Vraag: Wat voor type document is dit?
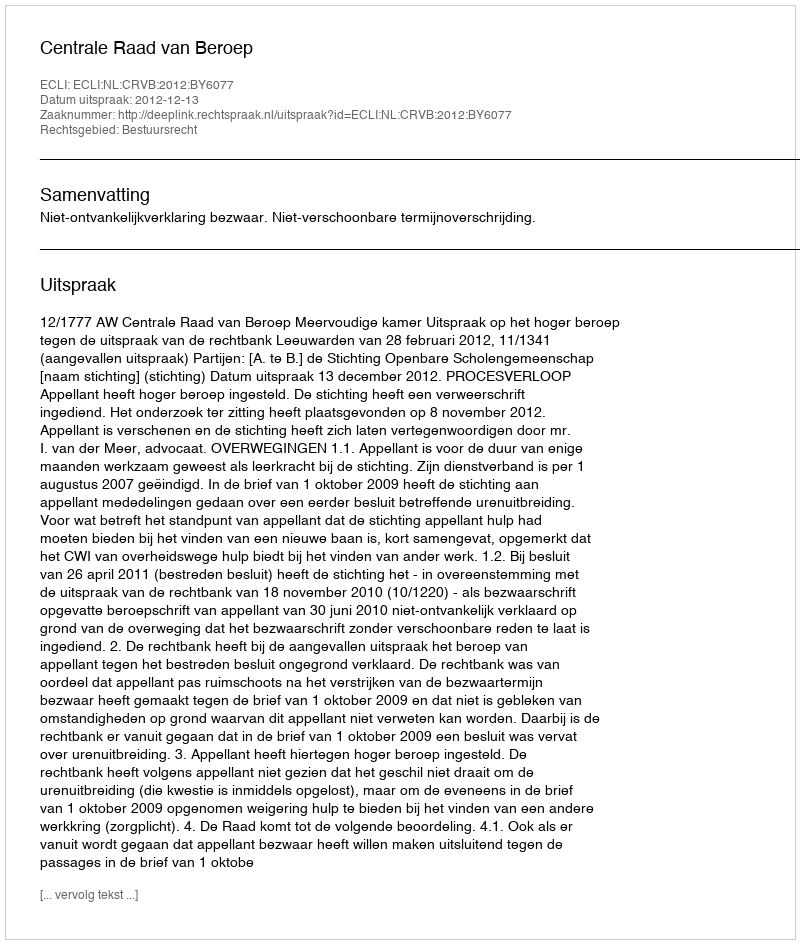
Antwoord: Uitspraak